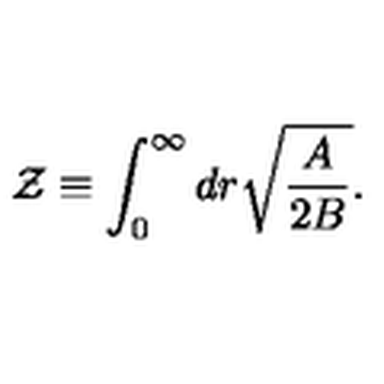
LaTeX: { \cal Z } \equiv \int _ { 0 } ^ { \infty } d r \sqrt { { \frac { A } { 2 B } } } .